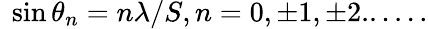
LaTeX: ~\sin\theta_{n}=n\lambda/S,n=0,\pm 1,\pm 2......